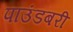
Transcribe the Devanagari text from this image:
पाउंडबरी